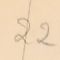
22